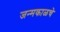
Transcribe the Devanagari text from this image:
जन्मकाळचे